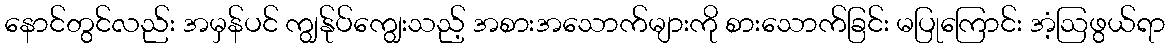
နောင်တွင်လည်း အမှန်ပင် ကျွန်ုပ်ကျွေးသည့် အစားအသောက်များကို စားသောက်ခြင်း မပြုကြောင်း အံ့ဩဖွယ်ရာ